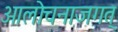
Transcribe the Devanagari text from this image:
आलोचनाजगत्